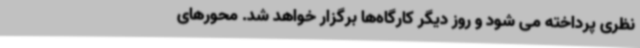
نظری پرداخته می شود و روز دیگر کارگاه‌ها برگزار خواهد شد. محورهای